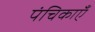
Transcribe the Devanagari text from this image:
पंचिकाएँ